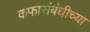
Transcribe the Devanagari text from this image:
कफासंबंधीच्या